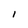
Character: 1